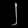
Digit: ၂